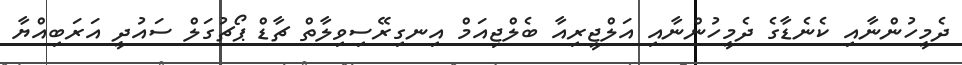
ދެމީހުންނާއި ކެނެޑާގެ ދެމީހުންނާއި އަލްޖީރިއާ ބެލްޖިއަމް އިނގިރޭސިވިލާތް ޗާޑް ޕޯޗުގަލް ސައުދީ އަރަބިއްޔާ